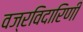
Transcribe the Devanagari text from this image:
वज्रविदारिणी